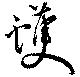
蠖